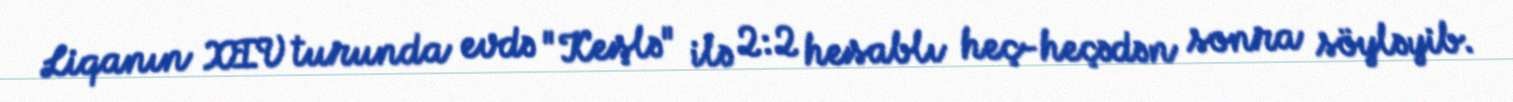
Liqanın XIV turunda evdə "Keşlə" ilə 2:2 hesablı heç-heçədən sonra söyləyib.